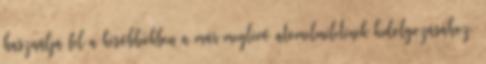
használja fel a későbbiekben a már meglévő atomelméletének kidolgozásához.